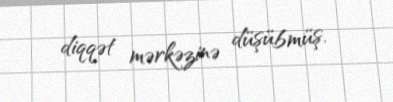
diqqət mərkəzinə düşübmüş.